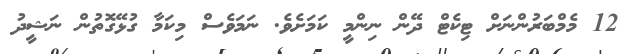
12 މެމްބަރުންނަށް ޓިކެޓް ދޭން ނިންމީ ކަމަށެވެ. ނަމަވެސް މިކަމާ ގުޅޭގޮތުން ނަޝީދު